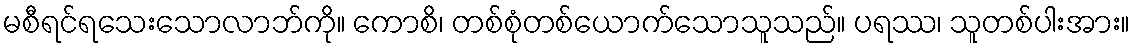
မစီရင်ရသေးသောလာဘ်ကို။ ကောစိ၊ တစ်စုံတစ်ယောက်သောသူသည်။ ပရဿ၊ သူတစ်ပါးအား။